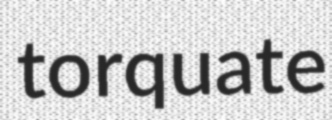
torquate